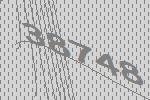
38748